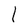
Character: l